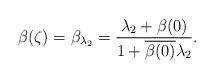
LaTeX: \begin{align*}\beta(\zeta)=\beta_{\lambda_2}=\frac{\lambda_2+\beta(0)}{1+\overline{\beta(0)}\lambda_2}.\end{align*}